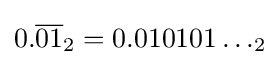
0.{\overline {01}}_{2}=0.010101\dots _{2}